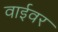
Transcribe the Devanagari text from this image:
वाईवर